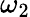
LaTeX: \omega_{2}